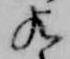
歟